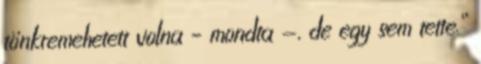
tönkremehetett volna – mondta -, de egy sem tette.”